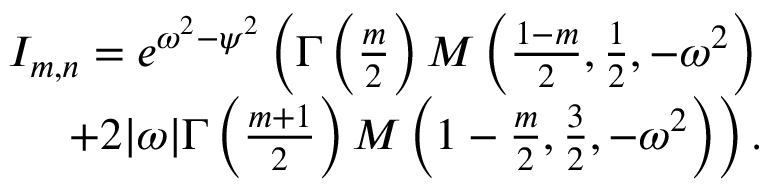
\begin{array} { r } { I _ { m , n } = e ^ { \omega ^ { 2 } - \psi ^ { 2 } } \left( \Gamma \left( \frac { m } { 2 } \right) M \left( \frac { 1 - m } { 2 } , \frac { 1 } { 2 } , - \omega ^ { 2 } \right) \right. } \\ { \left. + 2 | \omega | \Gamma \left( \frac { m + 1 } { 2 } \right) M \left( 1 - \frac { m } { 2 } , \frac { 3 } { 2 } , - \omega ^ { 2 } \right) \right) . } \end{array}